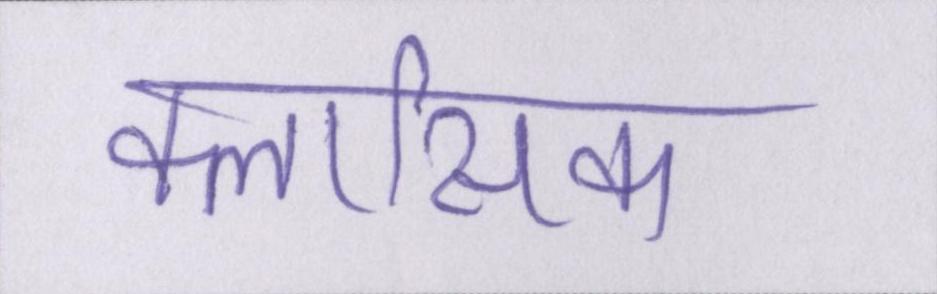
क्लासिक